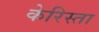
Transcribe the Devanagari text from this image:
केरिस्ता